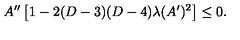
A ^ { \prime \prime } \left[ 1 - 2 ( D - 3 ) ( D - 4 ) \lambda ( A ^ { \prime } ) ^ { 2 } \right] \leq 0 .